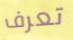
تعرف